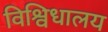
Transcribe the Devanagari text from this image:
विश्विधालय